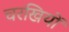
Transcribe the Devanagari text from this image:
चरखियों